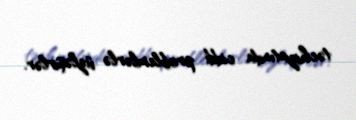
təchizatında ciddi problemlərlə üzləşirlər.